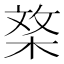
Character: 𣓰